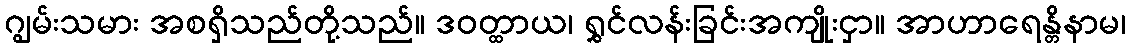
ဂျွမ်းသမား အစရှိသည်တို့သည်။ ဒဝတ္ထာယ၊ ရွှင်လန်းခြင်းအကျိုးငှာ။ အာဟာရေန္တိနာမ၊